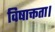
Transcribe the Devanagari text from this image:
विषाक्तता।